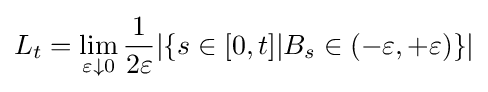
L_{t}=\lim _{\varepsilon \downarrow 0}{\frac {1}{2\varepsilon }}|\{s\in [0,t]|B_{s}\in (-\varepsilon ,+\varepsilon )\}|